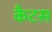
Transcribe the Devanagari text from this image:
कैटस